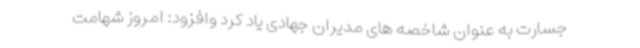
جسارت به عنوان شاخصه های مدیران جهادی یاد کرد وافزود: امروز شهامت